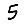
Digit: 5